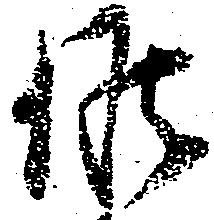
候